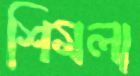
শিমলা